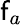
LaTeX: \mathsf{f}_{a}